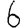
Digit: 6